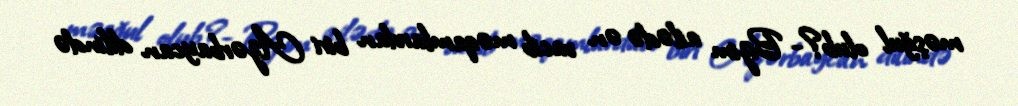
məşğul olub?- Bizim ailədə ən vacib məqamlardan biri Azərbaycan dilində